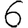
Digit: 6